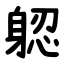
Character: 躵